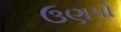
ઉણપો